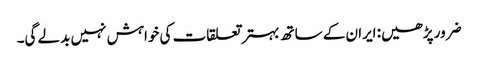
ضرور پڑھیں: ایران کے ساتھ بہتر تعلقات کی خواہش نہیں بدلے گی۔